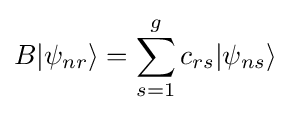
B|\psi _{nr}\rangle =\sum _{s=1}^{g}c_{rs}|\psi _{ns}\rangle